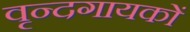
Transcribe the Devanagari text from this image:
वृन्दगायकों